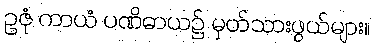
ဥဇုံ ကာယံ ပဏိဓာယ၌ မှတ်သားဖွယ်များ။